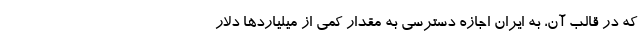
که در قالب آن، به ایران اجازه دسترسی به مقدار كمی از میلیاردها دلار